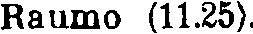
Raumo (11.25).